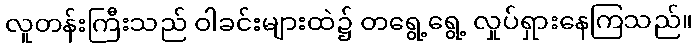
လူတန်းကြီးသည် ဝါခင်းများထဲ၌ တရွေ့ရွေ့ လှုပ်ရှားနေကြသည်။